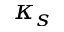
\kappa _ { s }